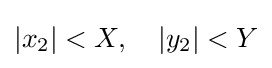
\left|x_{2}\right|<X,\quad \left|y_{2}\right|<Y